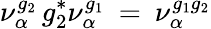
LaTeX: \nu_{\alpha}^{g_{2}}\, g_{2}^{*}\nu_{\alpha}^{g_{1}}\: =\: \nu_{\alpha}^{g_{1}g_{2}}